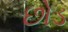
છોડ